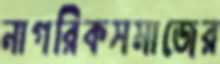
নাগরিকসমাজের